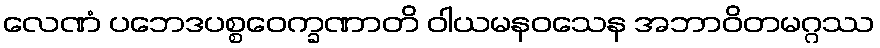
လေဏံ ပဘေဒပစ္စဝေက္ခဏာတိ ဝါယမနဝသေန အဘာဝိတမဂ္ဂဿ